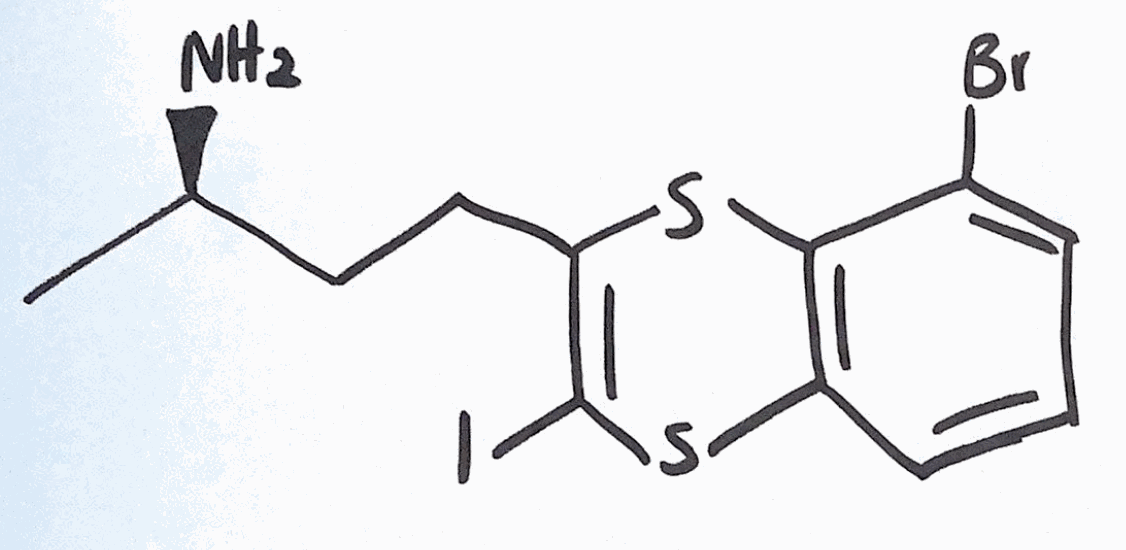
Simplified molecular-input line-entry system (SMILES) notation of the given molecule:
C[C@H](CCC1=C(SC2=C(S1)C(=CC=C2)Br)I)N